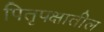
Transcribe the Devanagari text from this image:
पितृपक्षातील